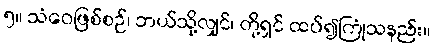
၅။ သံဝေဖြစ်စဉ်၊ ဘယ်သို့လျှင်၊ တို့ရှင် ထပ်၍ကြုံသနည်း။